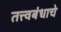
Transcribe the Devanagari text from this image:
तत्त्वबंधाचे